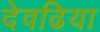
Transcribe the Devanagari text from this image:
देवढिया